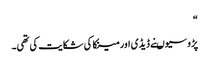
“
پڑوسیوںنے ڈیڈی اور مینکا کی شکایت کی تھی۔